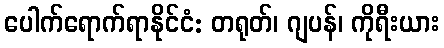
ပေါက်ရောက်ရာနိုင်ငံ: တရုတ်၊ ဂျပန်၊ ကိုရီးယား